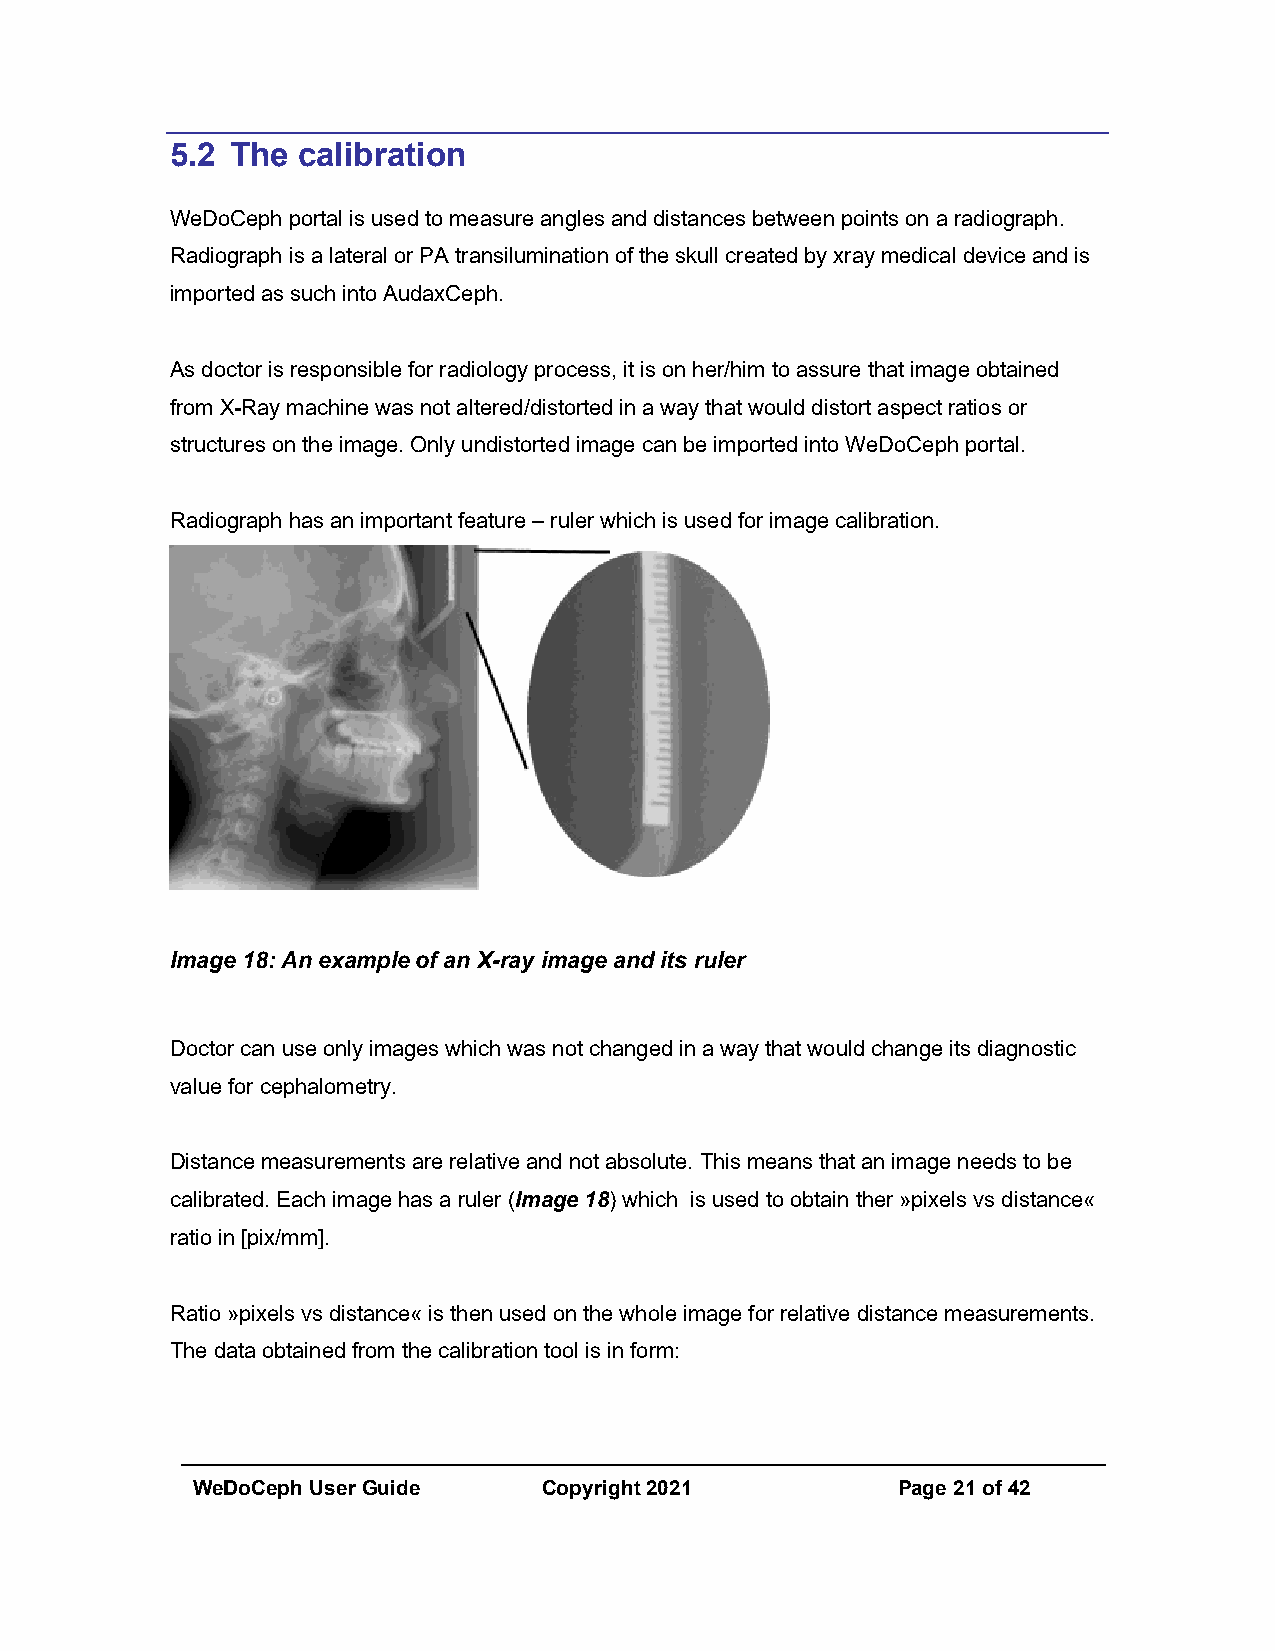
5.2 The  calibration
 WeDoCeph portal is used to measure angles and distances between points on a radiograph.
 Radiograph is a lateral or PA transilumination of the skull created by xray medical device and is
 imported as such into AudaxCeph.
 As doctor is responsible for radiology process, it is on her/him to assure that image obtained
 from X-Ray machine was not altered/distorted in a way that would distort aspect ratios or
 structures on the image. Only undistorted image can be imported into WeDoCeph portal.
 Radiograph has an important feature – ruler which is used for image calibration.
 Image 18: An example of an X-ray image and its ruler
 Doctor can use only images which was not changed in a way that would change its diagnostic
 value for cephalometry.
 Distance measurements are relative and not absolute. This means that an image needs to be
 calibrated. Each image has a ruler (Image 18) which is used to obtain ther »pixels vs distance«
 ratio in [pix/mm].
 Ratio »pixels vs distance« is then used on the whole image for relative distance measurements.
 The data obtained from the calibration tool is in form:
 WeDoCeph User Guide    Copyright 2021         Page 21 of 42